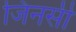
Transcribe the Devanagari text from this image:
जिनसी